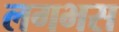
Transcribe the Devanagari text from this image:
लगभस